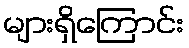
များရှိကြောင်း